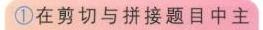
\textcircled{1}在剪切与拼接题目中主